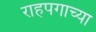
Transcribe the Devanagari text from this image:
राहपगाच्या